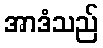
အာဒံသည်